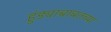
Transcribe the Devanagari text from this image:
हुंड्याबाबतच्या